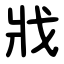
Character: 戕